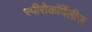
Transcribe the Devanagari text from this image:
स्पीरोकॉर्पेलीज़